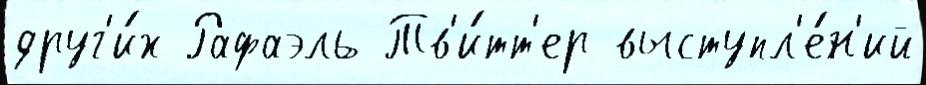
друг'и́х Рафаэль Тв'и́тт'ер выступл'е́н'ий